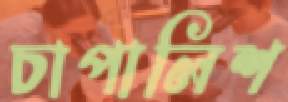
চাপালিশ